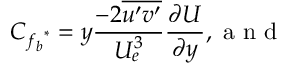
C _ { { f _ { b } } ^ { * } } = y \frac { - 2 \overline { { u ^ { \prime } v ^ { \prime } } } } { U _ { e } ^ { 3 } } \frac { \partial U } { \partial y } , \mathrm { ~ a ~ n ~ d ~ }